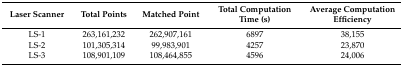
<table><thead><tr><td><b>Laser Scanner</b></td><td><b>Total Points</b></td><td><b>Matched Point</b></td><td><b>Total Computation Time (s)</b></td><td><b>Average Computation Efficiency</b></td></tr></thead><tbody><tr><td>LS-1</td><td>263,161,232</td><td>262,907,161</td><td>6897</td><td>38,155</td></tr><tr><td>LS-2</td><td>101,305,314</td><td>99,983,901</td><td>4257</td><td>23,870</td></tr><tr><td>LS-3</td><td>108,901,109</td><td>108,464,855</td><td>4596</td><td>24,006</td></tr></tbody></table>